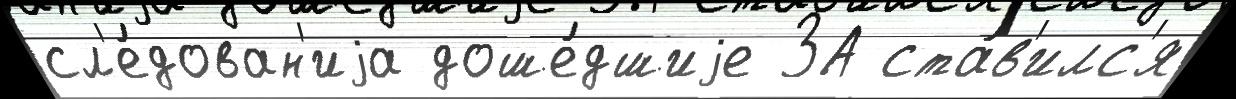
сл'е́дован'иjа доше́дшиjе ЗА ста́в'илс'я